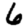
Digit: 6